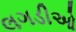
લગડીઓ